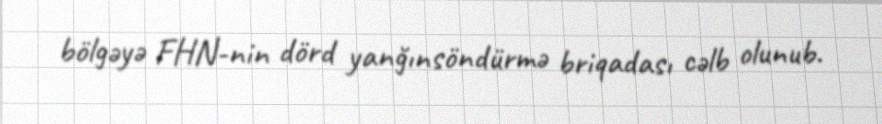
bölgəyə FHN-nin dörd yanğınsöndürmə briqadası cəlb olunub.